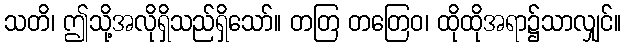
သတိ၊ ဤသို့အလိုရှိသည်ရှိသော်။ တတြ တတြေဝ၊ ထိုထိုအရာ၌သာလျှင်။